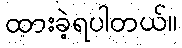
ထားခဲ့ရပါတယ်။